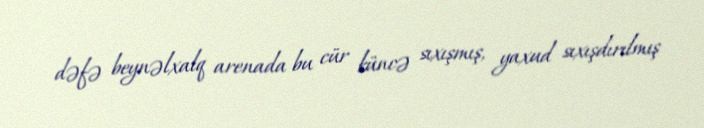
dəfə beynəlxalq arenada bu cür küncə sıxışmış, yaxud sıxışdırılmış